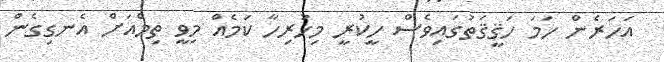
އަހަރެން ހަމަ ހަޤީޤަތުގައިވެސް ހީކުރީ މިހުރިހާ ކަމެއް މިވީ ތިމްއަށް އެނގިގެން